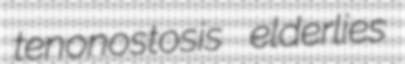
tenonostosis elderlies